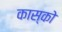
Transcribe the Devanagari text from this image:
कास्को